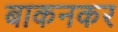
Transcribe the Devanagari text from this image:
बाकनकर